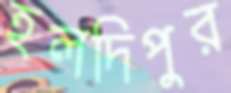
হলদিপুর